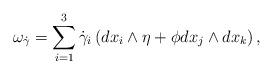
LaTeX: \begin{align*}\omega_{\dot{\gamma}}=\sum_{i=1}^3 \dot{\gamma}_i \left(dx_i\wedge \eta+\phi dx_j\wedge dx_k\right),\end{align*}